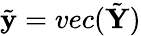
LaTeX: \tilde{\mathbf{y}}=vec(\tilde{\mathbf{Y}})